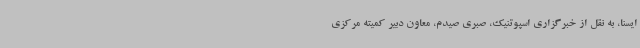
ایسنا، به نقل از خبرگزاری اسپوتنیک، صبری صیدم، معاون دبیر کمیته مرکزی